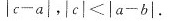
| c - a | ， | c | ≤ | a - b |$$.